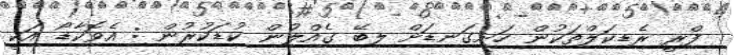
ފްރީ ރެޑިކަލްތަކުން ހަށިގަނޑަށް ލިބޭ ގެއްލުން ކުޑަކުރުން : އެވޮކާޑޯ އަކީ